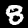
Label: 8